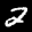
Label: 2